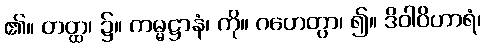
၏။ တတ္ထ၊ ၌။ ကမ္မဋ္ဌာနံ၊ ကို။ ဂဟေတွာ၊ ၍။ ဒိဝါဝိဟာရံ၊